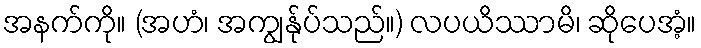
အနက်ကို။ (အဟံ၊ အကျွန်ုပ်သည်။) လပယိဿာမိ၊ ဆိုပေအံ့။